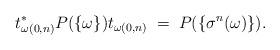
LaTeX: \begin{align*}t_{\omega(0,n)}^*P(\{\omega\})t_{\omega(0,n)}\;=\;P(\{\sigma^n(\omega)\}).\end{align*}